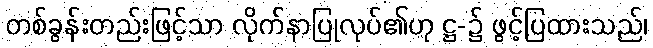
တစ်ခွန်းတည်းဖြင့်သာ လိုက်နာပြုလုပ်၏ဟု ဋ္ဌ-၌ ဖွင့်ပြထားသည်၊